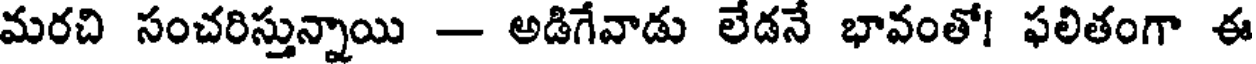
మరచి సంచరిస్తున్నాయి - అడిగేవాడు లేడనే భావంతో! ఫలితంగా ఈ